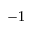
- 1